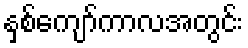
နှစ်ကျော်ကာလအတွင်း